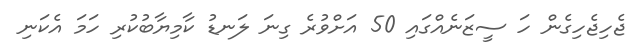
ޖެހިޖެހިގެން ހަ ސީޒަނެއްގައި 50 އަށްވުރެ ގިނަ ލަނޑު ކާމިޔާބުކުރި ހަމަ އެކަނި